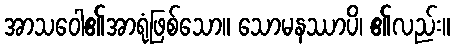
အာသဝေါ၏အာရုံဖြစ်သော။ သောမနဿာပိ၊ ၏လည်း။